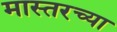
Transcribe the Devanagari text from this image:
मास्तरच्या